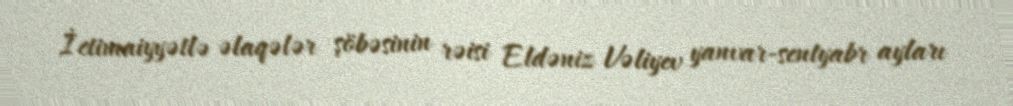
İctimaiyyətlə əlaqələr şöbəsinin rəisi Eldəniz Vəliyev yanvar-sentyabr ayları